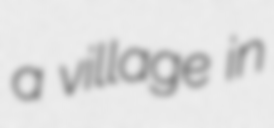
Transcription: a village in